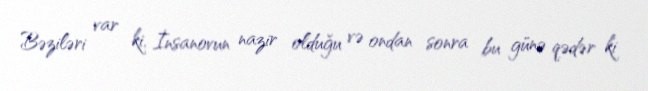
Bəziləri var ki, İnsanovun nazir olduğu və ondan sonra bu günə qədər ki